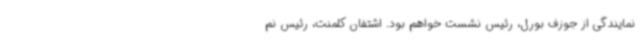
نمایندگی از جوزف بورل، رئیس نشست خواهم بود. اشتفان کلمنت، رئیس نم